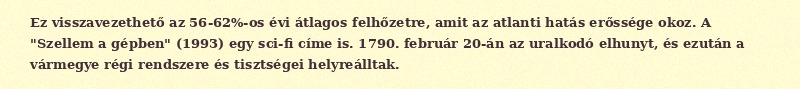
Ez visszavezethető az 56-62%-os évi átlagos felhőzetre, amit az atlanti hatás erőssége okoz. A "Szellem a gépben" (1993) egy sci-fi címe is. 1790. február 20-án az uralkodó elhunyt, és ezután a vármegye régi rendszere és tisztségei helyreálltak.